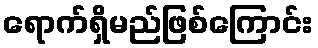
ရောက်ရှိမည်ဖြစ်ကြောင်း